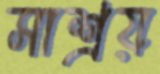
সাশ্রয়